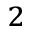
^ { 2 }